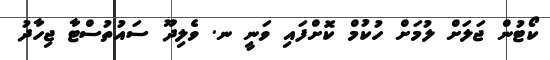
ކޯޓުން ޖަލަށް ލުމަށް ހުކުމް ކޮށްފައި ވަނީ ނ. ވެލިދޫ ސައުތުސްޓާ ޖިހާދު